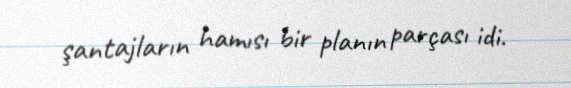
şantajların hamısı bir planın parçası idi.